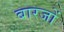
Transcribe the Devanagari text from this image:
बारजों